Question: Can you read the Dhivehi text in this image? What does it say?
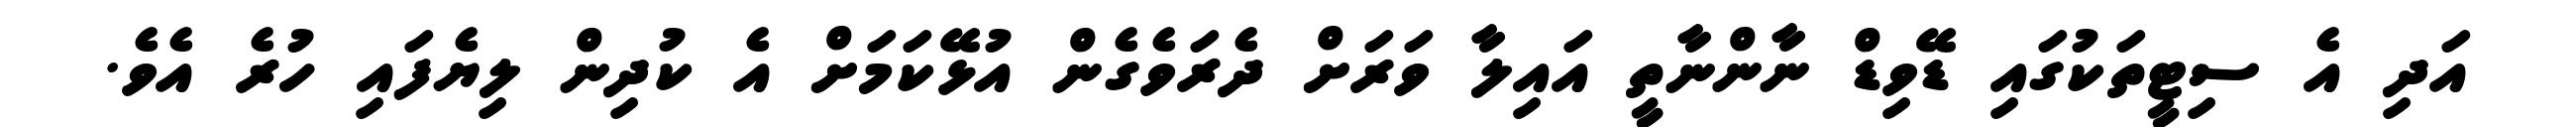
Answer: އަދި އެ ސިޓީތަކުގައި ޑޭވިޑް ނާންނާތީ އައިލާ ވަރަށް ދެރަވެގެން އުޅޭކަމަށް އެ ކުދިން ލިޔެފައި ހުރެ އެވެ.